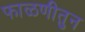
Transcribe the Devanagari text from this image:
फाळणीतुन